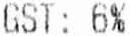
GST: 6%